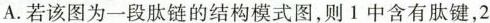
A.若该图为一段肽链的结构模式图，则1中含有肽键，2